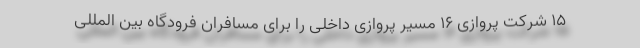
۱۵ شرکت پروازی ۱۶ مسیر پروازی داخلی را برای مسافران فرودگاه بین المللی